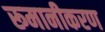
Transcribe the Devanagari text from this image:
रूमानीकरण